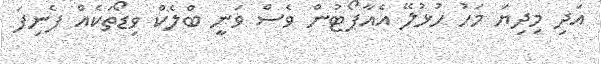
އަދި މިދިޔަ މަހު ހުޅުލޭ އެއާޕޯޓުން ވެސް ވަނީ ބްލެކް ވިޑޯތަކެއް ފެނިފަ